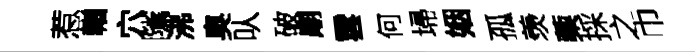
惹輶穴隲沸奥㕥破廟雲何埽姻孤羡蔾採之巾